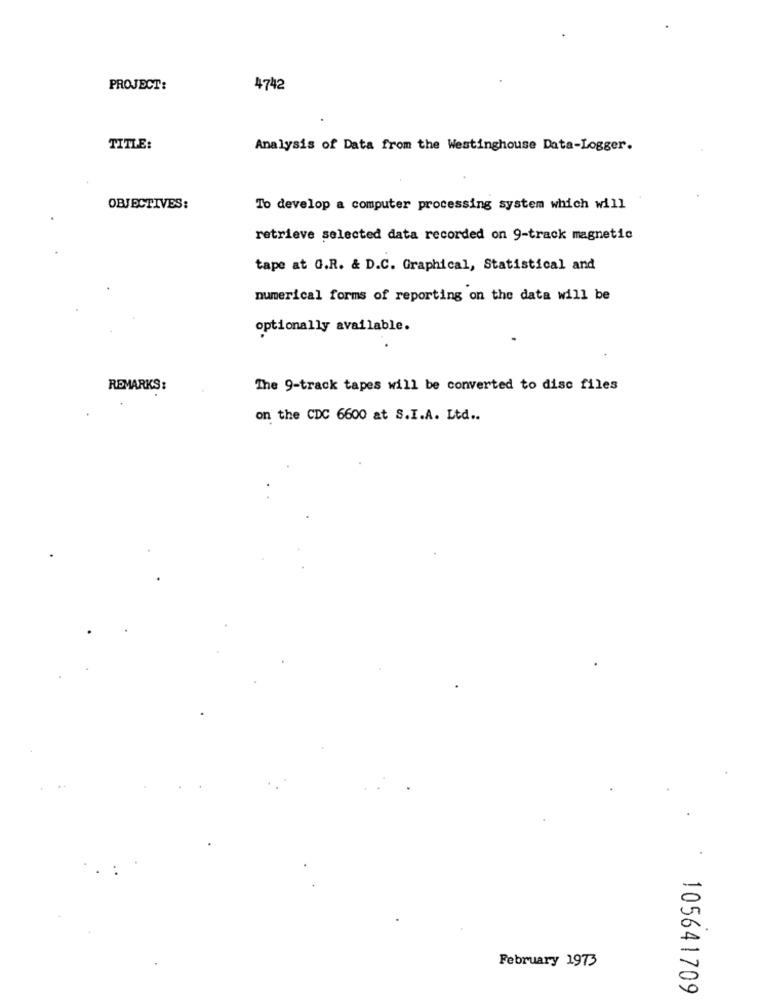
PROJECT:
4742
TITLE:
Analysis of Data from the Westinghouse Data-Logger.
OBJECTIVES:
To develop a computer processing system which will
retrieve selected data recorded on 9-track magnetic
tape at G.R. & D.C. Graphical, Statistical and
numerical forms of reporting on the data will be
optionally available.
REMARKS:
The 9-track tapes will be converted to disc files
on the CDC 6600 at S.I.A. Ltd ..
February 1973
105641709